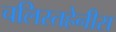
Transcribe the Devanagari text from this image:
चलिस्तहेनीस